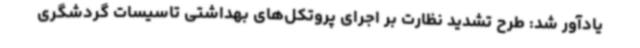
یادآور شد: طرح تشدید نظارت بر اجرای پروتکل‌های بهداشتی تاسیسات گردشگری